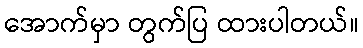
အောက်မှာ တွက်ပြ ထားပါတယ်။